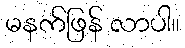
မနက်ဖြန် လာပါ။